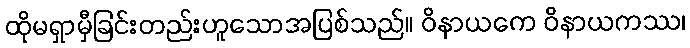
ထိုမရှာမှီခြင်းတည်းဟူသောအပြစ်သည်။ ဝိနာယကေ ဝိနာယကဿ၊